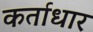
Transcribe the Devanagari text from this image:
कर्ताधार